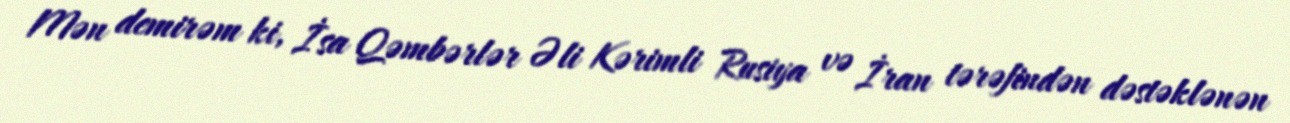
Mən demirəm ki, İsa Qəmbərlər Əli Kərimli Rusiya və İran tərəfindən dəstəklənən